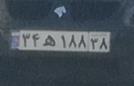
۳۴ه۱۸۸۳۸